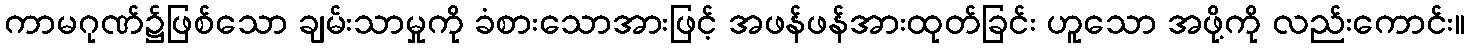
ကာမဂုဏ်၌ဖြစ်သော ချမ်းသာမှုကို ခံစားသောအားဖြင့် အဖန်ဖန်အားထုတ်ခြင်း ဟူသော အဖို့ကို လည်းကောင်း။